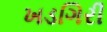
ખડગિરી